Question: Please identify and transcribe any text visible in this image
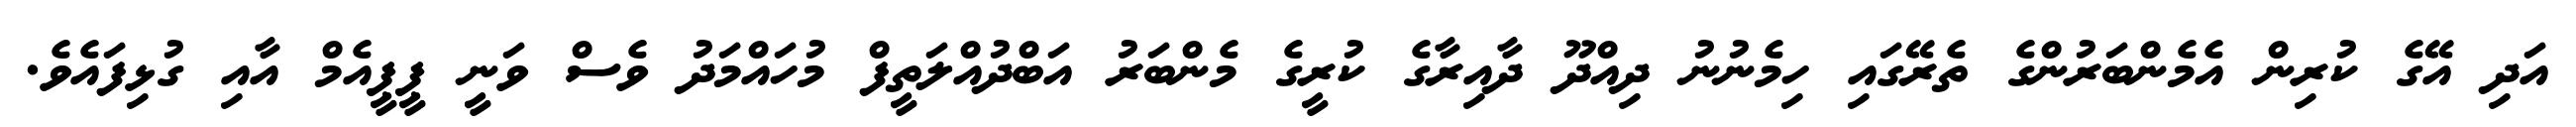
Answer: އަދި އޭގެ ކުރިން އެމެންބަރުންގެ ތެރޭގައި ހިމެނުނު ދިއްދޫ ދާއިރާގެ ކުރީގެ މެންބަރު އަބްދުއްލަތީފް މުހައްމަދު ވެސް ވަނީ ޕީޕީއެމް އާއި ގުޅިފައެވެ.